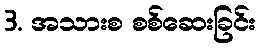
3. အသားစ စစ်ဆေးခြင်း